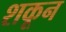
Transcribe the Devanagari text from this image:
शकून